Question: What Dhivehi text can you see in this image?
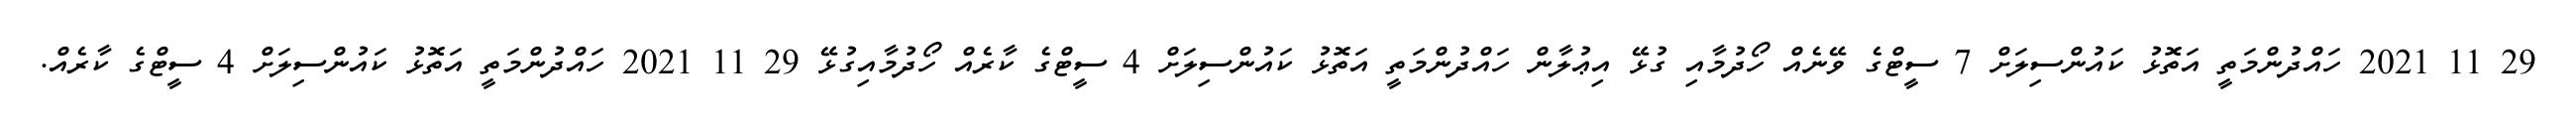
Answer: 29 11 2021 ހައްދުންމަތީ އަތޮޅު ކައުންސިލަށް 7 ސީޓްގެ ވޭނެއް ހޯދުމާއި ގުޅޭ އިޢުލާން ހައްދުންމަތީ އަތޮޅު ކައުންސިލަށް 4 ސީޓްގެ ކާރެއް ހޯދުމާއިގުޅޭ 29 11 2021 ހައްދުންމަތީ އަތޮޅު ކައުންސިލަށް 4 ސީޓްގެ ކާރެއް.